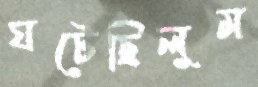
ঘটেছিলুম